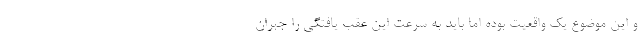
و این موضوع یک واقعیت بوده اما باید به سرعت این عقب یافتگی را جبران